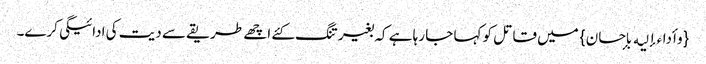
{وأداءإلیه بإحسان} میں قاتل کو کہا جا رہا ہے کہ بغیر تنگ کئے اچھے طریقے سے دیت کی ادائیگی کرے۔